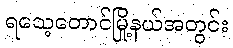
ရသေ့တောင်မြို့နယ်အတွင်း